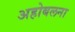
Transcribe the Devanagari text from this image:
अहोबलना